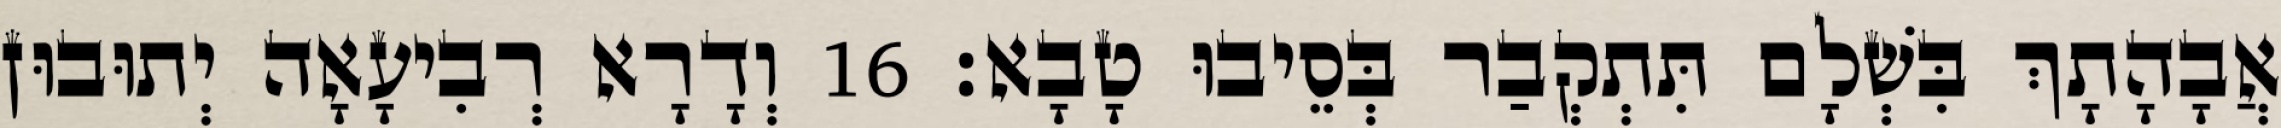
אֲבָהָתָךְ בִּשְׁלָם תִּתְקְבַר בְּסֵיבוּ טָבָא׃ 16 וְדָרָא רְבִיעָאָה יְתוּבוּן